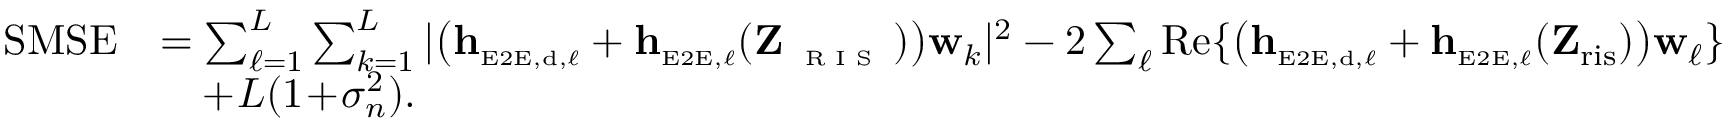
\begin{array} { r l } { \mathrm { S M S E } } & { = \sum _ { \ell = 1 } ^ { L } \sum _ { k = 1 } ^ { L } | \big ( \mathbf { h } _ { \scriptscriptstyle \mathrm { E 2 E } , \scriptscriptstyle \mathrm { d } , \ell } + \mathbf { h } _ { \scriptscriptstyle \mathrm { E 2 E } , \ell } ( \mathbf { Z } _ { \textnormal { \tiny { R I S } } } ) \big ) \mathbf { w } _ { k } | ^ { 2 } - 2 \sum _ { \ell } \mathrm { R e } \{ \big ( \mathbf { h } _ { \scriptscriptstyle \mathrm { E 2 E } , \scriptscriptstyle \mathrm { d } , \ell } + \mathbf { h } _ { \scriptscriptstyle \mathrm { E 2 E } , \ell } ( \mathbf { Z } _ { \mathrm { r i s } } ) \big ) \mathbf { w } _ { \ell } \} } \\ & { \phantom { = } + \! L ( 1 \! + \! \sigma _ { n } ^ { 2 } ) . } \end{array}